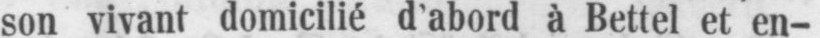
son vivant domicilié d’abord à Bettel et en-